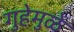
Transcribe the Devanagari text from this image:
गुहेमुळे